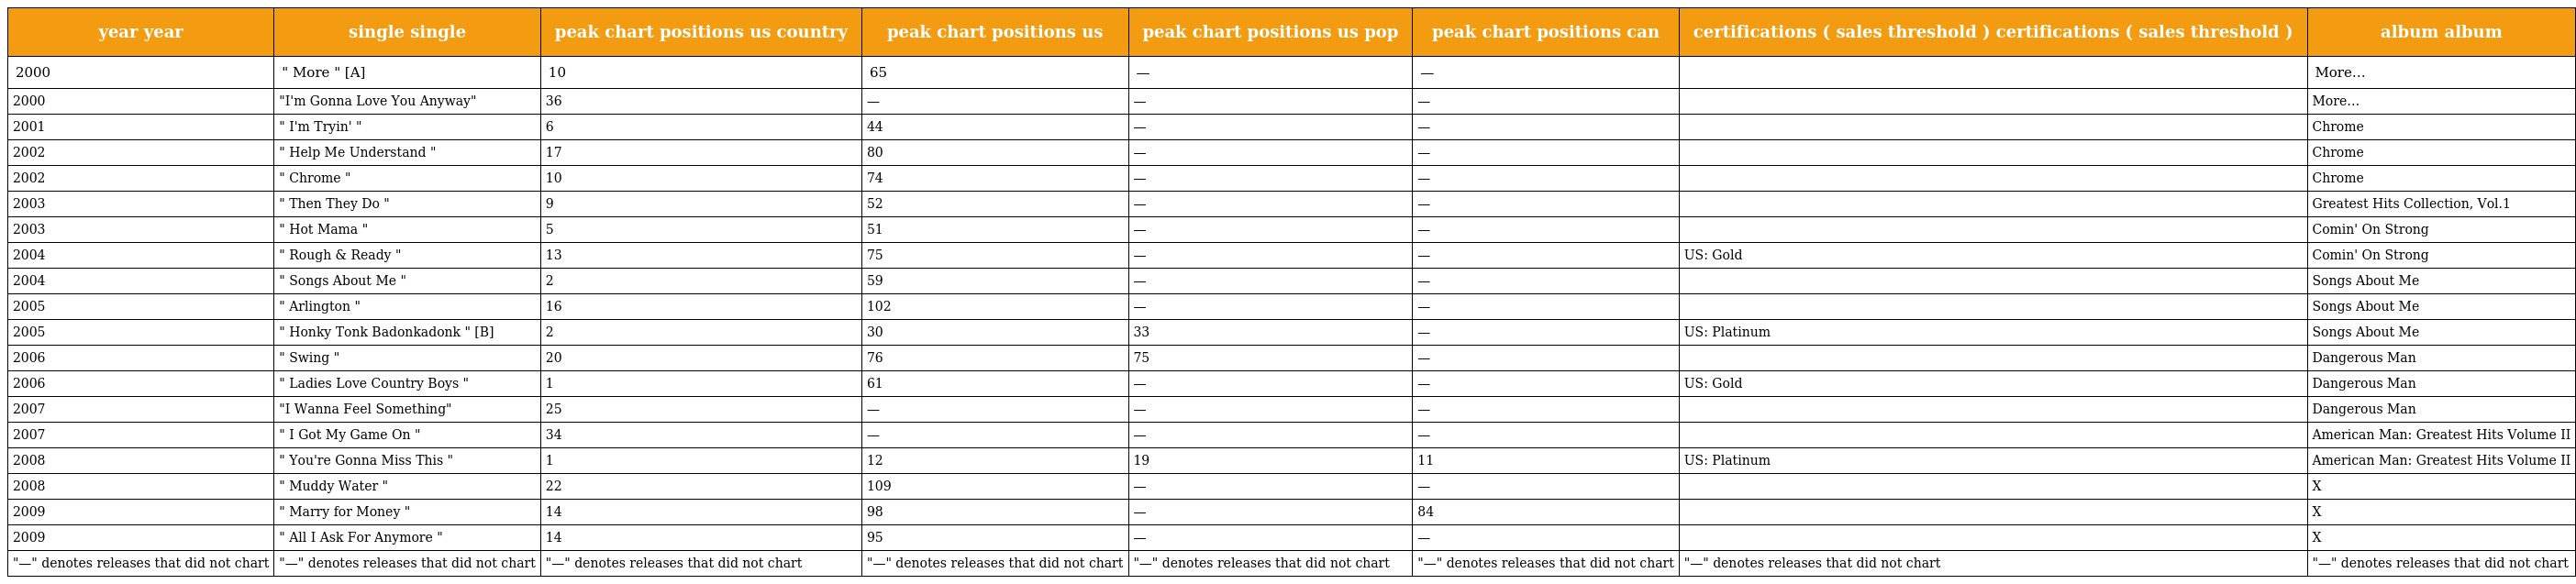
| year year | single single | peak chart positions us country | peak chart positions us | peak chart positions us pop | peak chart positions can | certifications ( sales threshold ) certifications ( sales threshold ) | album album |
 | --- | --- | --- | --- | --- | --- | --- | --- |
 | 2000 | " More " [A] | 10 | 65 | — | — |  | More… |
 | 2000 | "I'm Gonna Love You Anyway" | 36 | — | — | — |  | More… |
 | 2001 | " I'm Tryin' " | 6 | 44 | — | — |  | Chrome |
 | 2002 | " Help Me Understand " | 17 | 80 | — | — |  | Chrome |
 | 2002 | " Chrome " | 10 | 74 | — | — |  | Chrome |
 | 2003 | " Then They Do " | 9 | 52 | — | — |  | Greatest Hits Collection, Vol.1 |
 | 2003 | " Hot Mama " | 5 | 51 | — | — |  | Comin' On Strong |
 | 2004 | " Rough & Ready " | 13 | 75 | — | — | US: Gold | Comin' On Strong |
 | 2004 | " Songs About Me " | 2 | 59 | — | — |  | Songs About Me |
 | 2005 | " Arlington " | 16 | 102 | — | — |  | Songs About Me |
 | 2005 | " Honky Tonk Badonkadonk " [B] | 2 | 30 | 33 | — | US: Platinum | Songs About Me |
 | 2006 | " Swing " | 20 | 76 | 75 | — |  | Dangerous Man |
 | 2006 | " Ladies Love Country Boys " | 1 | 61 | — | — | US: Gold | Dangerous Man |
 | 2007 | "I Wanna Feel Something" | 25 | — | — | — |  | Dangerous Man |
 | 2007 | " I Got My Game On " | 34 | — | — | — |  | American Man: Greatest Hits Volume II |
 | 2008 | " You're Gonna Miss This " | 1 | 12 | 19 | 11 | US: Platinum | American Man: Greatest Hits Volume II |
 | 2008 | " Muddy Water " | 22 | 109 | — | — |  | X |
 | 2009 | " Marry for Money " | 14 | 98 | — | 84 |  | X |
 | 2009 | " All I Ask For Anymore " | 14 | 95 | — | — |  | X |
 | "—" denotes releases that did not chart | "—" denotes releases that did not chart | "—" denotes releases that did not chart | "—" denotes releases that did not chart | "—" denotes releases that did not chart | "—" denotes releases that did not chart | "—" denotes releases that did not chart | "—" denotes releases that did not chart |